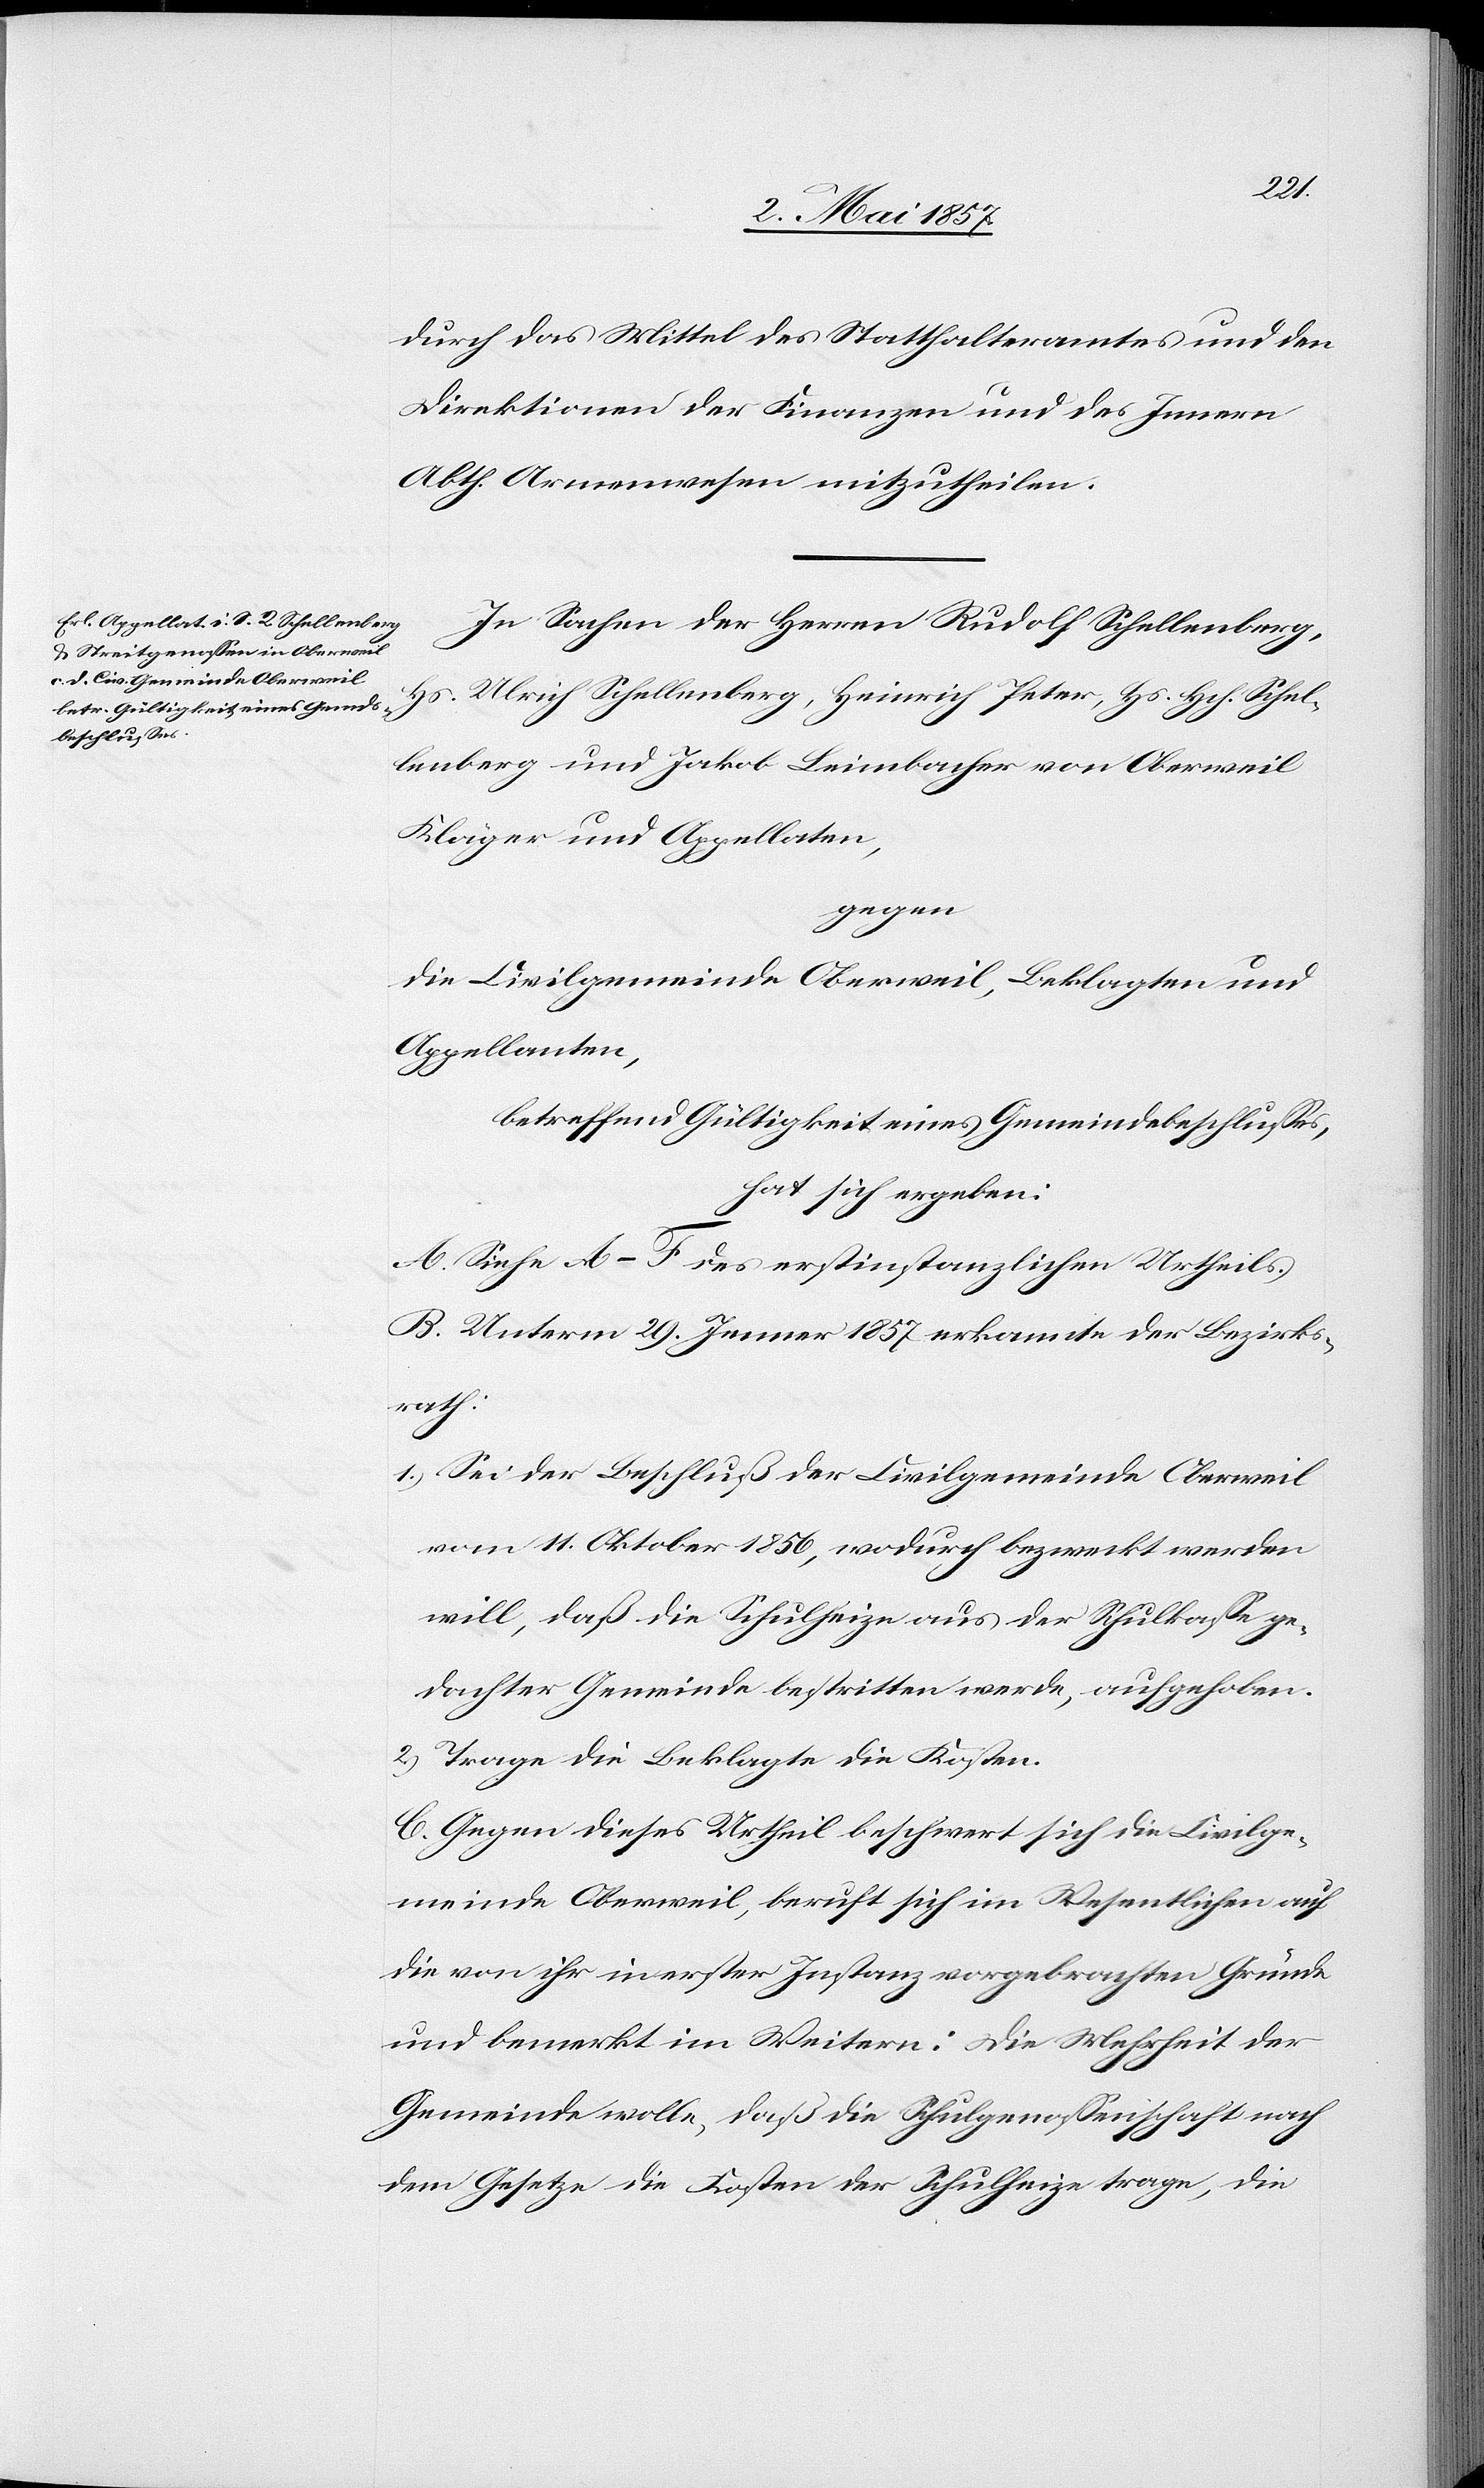
durch das Mittel des Statthalteramtes und den
Direktionen der Finanzen und des Innern
Abth. Armenwesen mitzutheilen.
In Sachen der Herrn Rudolf Schellenberg,
Hs. Ulrich Schellenberg, Heinrich Peter, Hs. Hch. Schel¬
lenberg und Jakob Leimbacher von Oberweil
Kläger und Appellaten,
gegen
die Civilgemeinde Oberweil, Beklagten und
Appellaten,
betreffend Gültigkeit eines Gemeindsbeschlusses,
hat sich ergeben:
A. Siehe A–F des erstinstanzlichen Urtheils.
B. Unterm 20 Jenner 1857 erkannte der Bezirks¬
rath:
1.) Sei der Beschluß der Civilgemeinde Oberweil
vom 11 Oktober 1856, wodurch bezweckt werden
will, daß die Schulheize aus der Schulkaße ge¬
dachter Gemeinde bestritten werde, aufgehoben.
2.) Trage die Beklagte die Kosten.
C. Gegen dieses Urtheil beschwert sich die Civilge¬
meinde Oberweil, beruft sich im Wesentlichen auf
die von ihr in erster Instanz vorgebrachten Gründe
und bemerkt im Weitern: Die Mehrheit der
Gemeinde wolle, daß die Schulgenoßenschaft nach
dem Gesetze, die Kosten der Schulheize trage, die